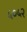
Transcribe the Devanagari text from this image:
५०५२